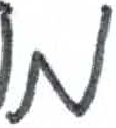
אות: מ